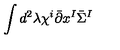
\int d ^ { 2 } \lambda \chi ^ { i } \bar { \partial } x ^ { I } \bar { \Sigma } ^ { I }